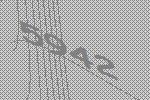
5942